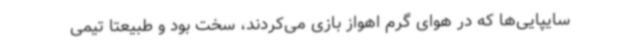
سایپایی‌ها که در هوای گرم اهواز بازی می‌کردند، سخت بود و طبیعتا تیمی